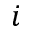
i